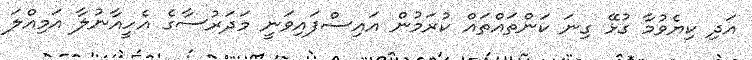
އަދި ކިޔެވުމާ ގުޅޭ ގިނަ ކަންތައްތައް ކުރަމުން އައިސްފައިވަނީ މަދަރުސާގެ އެހީއާނުލާ އަމިއްލަ